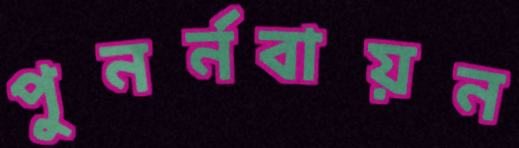
পুনর্নবায়ন